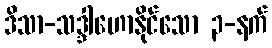
ဒိသာ-သဒ္ဒါဟောနိုင်သော ၃-နက်